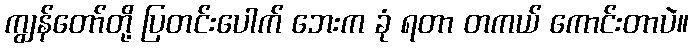
ကျွန်တော်တို့ ပြတင်းပေါက် ဘေးက ခုံ ရတာ တကယ် ကောင်းတာပဲ။